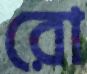
রো